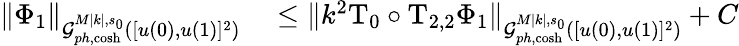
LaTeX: \begin{array}{rl}{\| \Phi_{1}\| _{\mathcal{G}_{ph,\cosh}^{M|k|,s_{0}}([u(0),u(1)]^{2})}}&{{}\leq\| k^{2}\mathrm{T}_{0}\circ\mathrm{T}_{2,2}\Phi_{1}\| _{\mathcal{G}_{ph,\cosh}^{M|k|,s_{0}}([u(0),u(1)]^{2})}+C}\end{array}